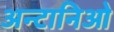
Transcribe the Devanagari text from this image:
अन्टानिओ